65_HS1-834228961_62-HQ-83894_Section_7
Agency: FBI
Page 142
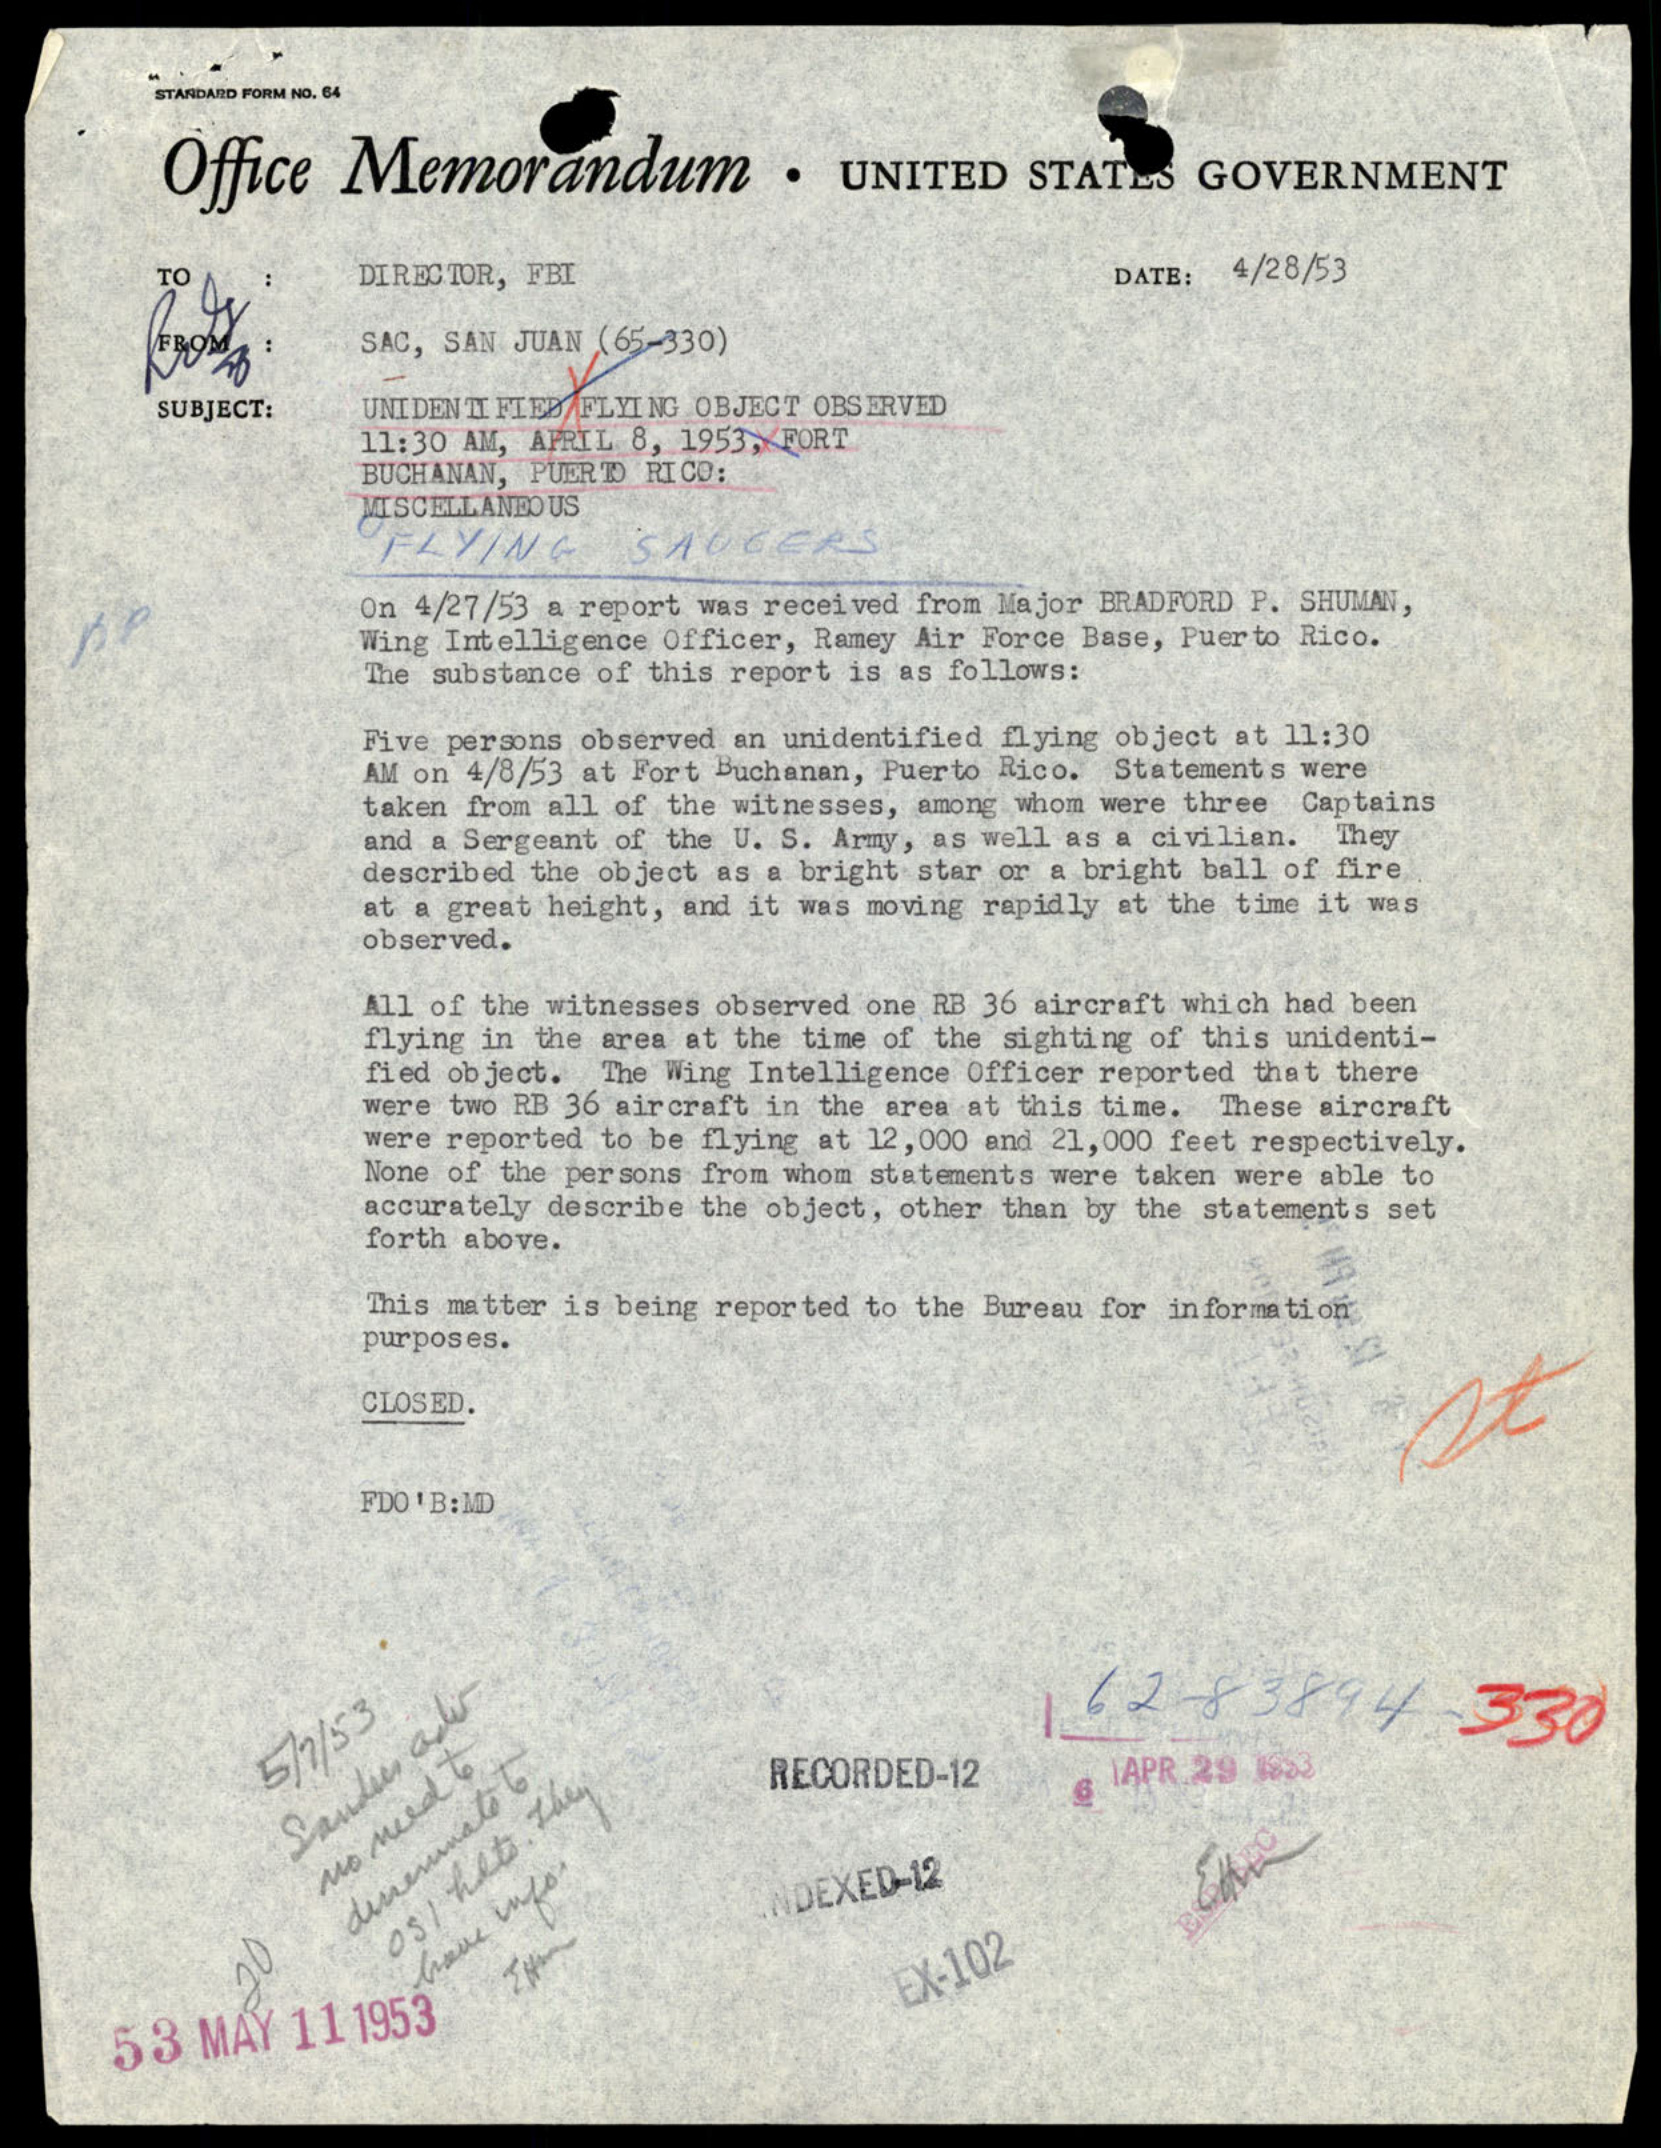